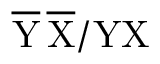
\mathrm { \overline { { Y } } \, \overline { { X } } / Y X }